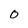
Character: 0